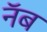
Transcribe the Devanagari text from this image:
नॅब